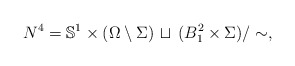
\begin{align*}N^4=\mathbb S^1\times (\Omega\setminus\Sigma)\,\sqcup\,(B^2_1\times \Sigma)/\sim,\end{align*}